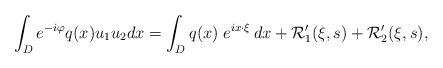
LaTeX: \begin{align*}\int_{D}e^{-i\varphi}q(x)u_{1}u_2 dx= \int_{D}q(x)\;e^{ix\cdot\xi}\,dx+\mathcal{R}'_{1}(\xi,s)+\mathcal{R}'_{2}(\xi,s),\end{align*}